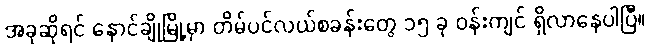
အခုဆိုရင် နောင်ချိုမြို့မှာ တိမ်ပင်လယ်စခန်းတွေ ၁၅ ခု ဝန်းကျင် ရှိလာနေပါပြီ။